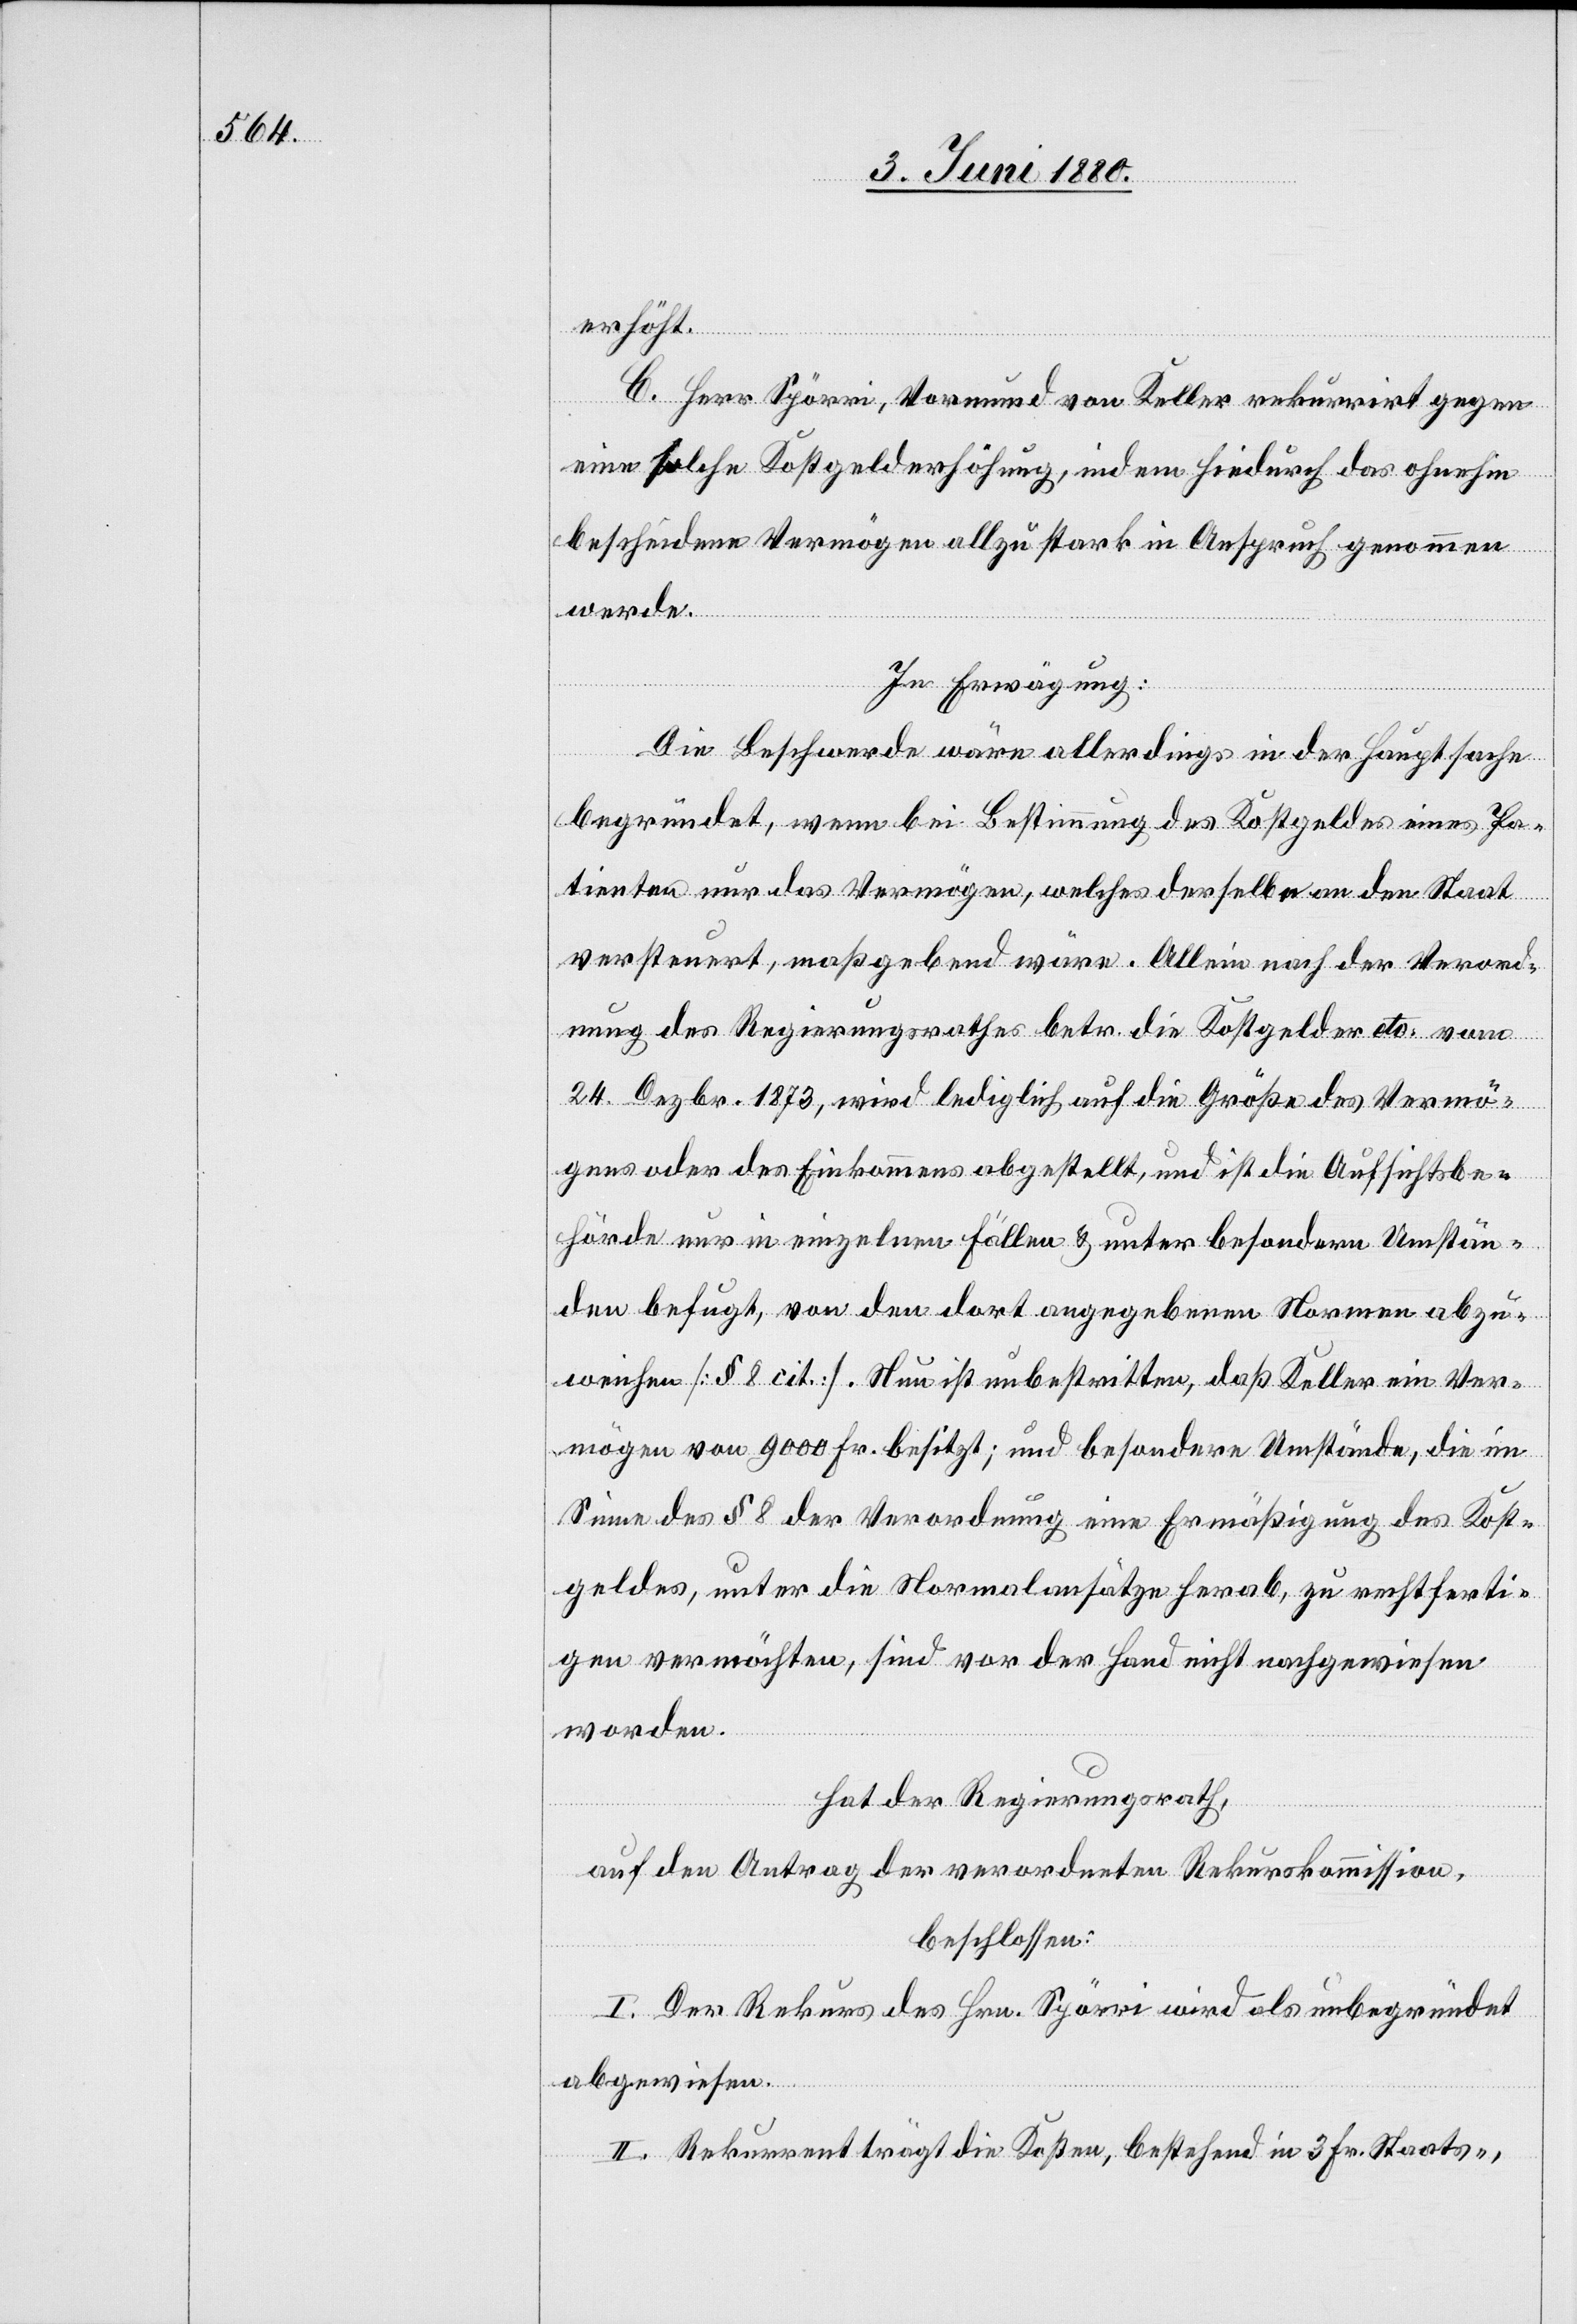
erhöht.
C. Herr Spörri, Vormund von Keller rekurrirt gegen
eine solche Kostgelderhöhung, indem hiedurch das ohnehin
bescheidene Vermögen allzu stark in Anspruch genommen
werde.
In Erwägung:
Die Beschwerde wäre allerdings in der Hauptsache
begründet, wenn bei Bestimmung des Kostgeldes eines Pa¬
tienten nur das Vermögen, welches derselbe an den Staat
versteuert, maßgebend wäre. Allein nach der Verord¬
nung des Regierungsrathes betr. die Kostgelder etc. vom
24. Dezbr. 1873, wird lediglich auf die Größe des Vermö¬
gens oder des Einkommens abgestellt, und ist die Aufsichtsbe¬
hörde nur in einzelnen Fällen & unter besondern Umstän¬
den befugt, von den dort angegebenen Normen abzu¬
weichen [§ 8 cit.]. Nun ist unbestritten, daß Keller ein Ver¬
mögen von 9000 Fr. besitzt; uns besondere Umstände, die im
Sinne des § 8 der Verordnung eine Ermäßigung des Kost¬
geldes, unter die Normalansätze herab, zu rechtferti¬
gen vermöchten, sind vor der Hand nicht nachgewiesen
worden.
hat der Regierungsrath,
auf den Antrag der verordneten Rekurskommission,
beschlossen:
I. Der Rekurs des Hrn. Spörri wird als unbegründet
abgewiesen.
II. Rekurrent trägt die Kosten, bestehend in 3 Fr. Staats-,